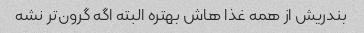
بندریش از همه غذا هاش بهتره البته اگه گرون‌تر نشه